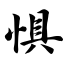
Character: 惧